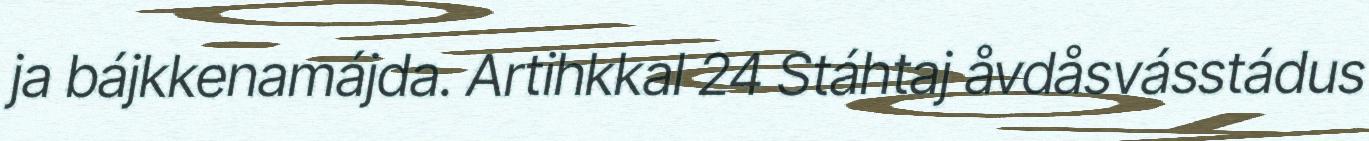
ja bájkkenamájda. Artihkkal 24 Stáhtaj åvdåsvásstádus